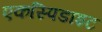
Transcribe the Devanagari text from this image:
एकस्पिडाइट